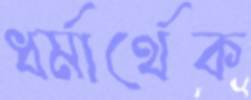
ধর্মার্থেক